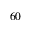
6 0